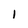
Character: l